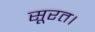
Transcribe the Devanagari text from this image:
सूरत।